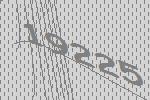
19225